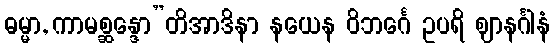
ဓမ္မာ, ကာမစ္ဆန္ဒော”တိအာဒိနာ နယေန ဝိဘင်္ဂေ ဥပရိ ဈာနင်္ဂါနံ